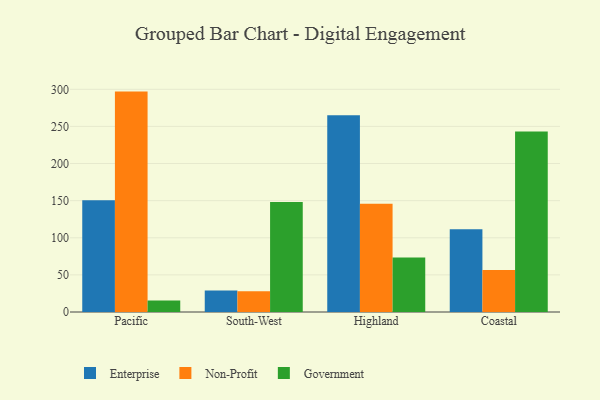
{"axis": {"x": "Region", "y": "Temperature (°C)"}, "legend": ["Enterprise", "Government", "Non-Profit"], "data": [{"x": "Pacific", "y": 150.7, "type": "Enterprise"}, {"x": "Pacific", "y": 296.9, "type": "Non-Profit"}, {"x": "Pacific", "y": 15.5, "type": "Government"}, {"x": "South-West", "y": 28.8, "type": "Enterprise"}, {"x": "South-West", "y": 28.1, "type": "Non-Profit"}, {"x": "South-West", "y": 148.3, "type": "Government"}, {"x": "Highland", "y": 265.1, "type": "Enterprise"}, {"x": "Highland", "y": 145.8, "type": "Non-Profit"}, {"x": "Highland", "y": 73.3, "type": "Government"}, {"x": "Coastal", "y": 111.5, "type": "Enterprise"}, {"x": "Coastal", "y": 56.5, "type": "Non-Profit"}, {"x": "Coastal", "y": 243.2, "type": "Government"}]}